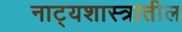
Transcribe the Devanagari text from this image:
नाट्यशास्त्रातील